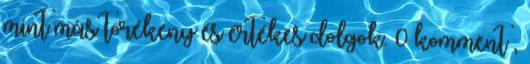
mint más törékeny és értékes dolgok. 0 komment ,